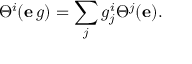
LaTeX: \Theta ^ { i } ( \mathbf { e } \, g ) = \sum _ { j } g _ { j } ^ { i } \Theta ^ { j } ( \mathbf { e } ) .